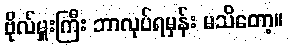
ဗိုလ်မှူးကြီး ဘာလုပ်ရမှန်း မသိတော့။